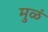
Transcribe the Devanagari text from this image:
मुळं